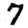
Digit: 7